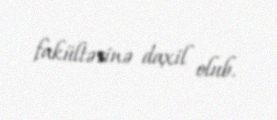
fakültəsinə daxil olub.